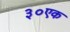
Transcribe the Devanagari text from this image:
३०एक